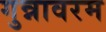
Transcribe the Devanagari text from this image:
गुन्नावरम